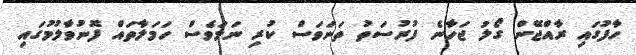
ހާފުގައި ރާއްޖޭން ގޯލު ޖަހާނެ ފުރުސަތު ތަނަވަސް ކުރި ނަމަވެސް ހަމަލާތައް ފޮނުވާލުމުގައި